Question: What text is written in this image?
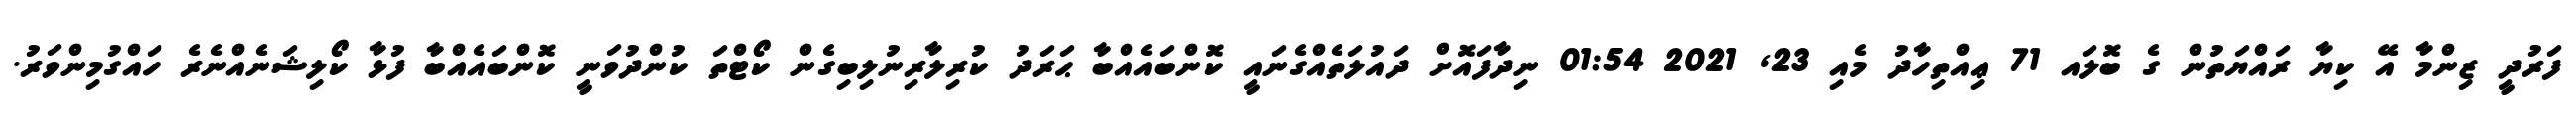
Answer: ފަރުދީ ޒިންމާ އޭ ކިޔާ ރައްޔަތުން ގެ ބޮލައ 71 ޢިއްތިހާދު މެއި 23, 2021 01:54 ނިދާފައޮށް ދައުލަތެއްގެނައީ ކޮންބައެއްބާ ޙަރަދު ކުރިލާރިނުލިބިގެން ކޯޓްތަ ކުންދުވަނީ ކޮންބައެއްބާ ފުޅާ ކޯލިޝަނެއްނެރެ ހައްގުމިންވަރު.